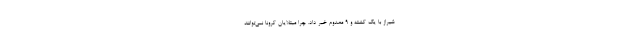
شیراز با یک کشته و ۹ مصدوم خبر داد. چرا مبتلایان کرونا نمی‌توانند